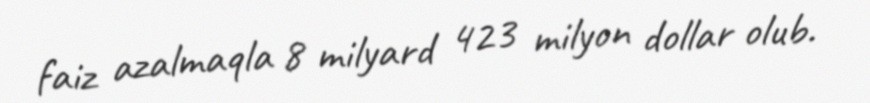
faiz azalmaqla 8 milyard 423 milyon dollar olub.